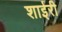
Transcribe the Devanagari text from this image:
शाईरी